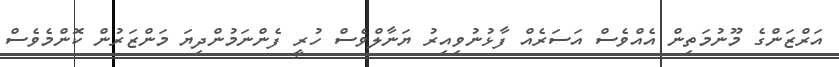
އަރްޒަންގެ މޫނުމަތިން އެއްވެސް އަސަރެއް ފާޅުނުވިއިރު ޔަނާލްވެސް ހުރީ ފެންނަމުންދިޔަ މަންޒަރުން ކޮންމެވެސް